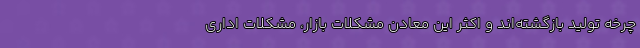
چرخه تولید بازگشته‌اند و اکثر این معادن مشکلات بازار، مشکلات اداری